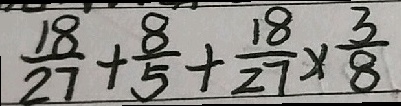
\frac { 1 8 } { 2 7 } + \frac { 8 } { 5 } + \frac { 1 8 } { 2 7 } \times \frac { 3 } { 8 }